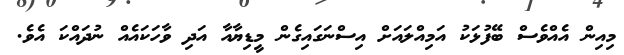
މިއިން އެއްވެސް ބޭފުޅަކު އަމިއްލައަށް އިސްނަގައިގެން މީޑިޔާއާ އަދި ވާހަކައެއް ނުދައްކަ އެވެ.